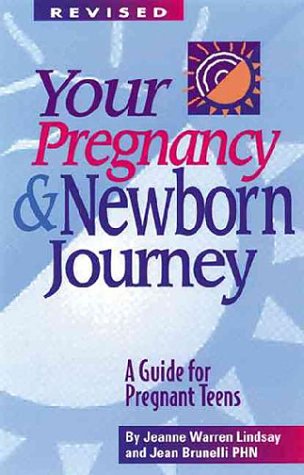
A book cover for Your Pregnancy and Newborn Journey: A Guide for Pregnant Teens (Teen Pregnancy and Parenting series); Jeanne Warren Lindsay; Teen & Young Adult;